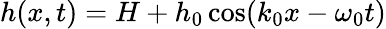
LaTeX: h(x,t)=H+h_{0}\cos(k_{0}x-\omega_{0}t)